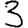
Digit: 3